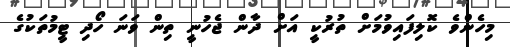
މިހެންވެ ކޮލިފައިވުމަށް ތުރުކީ އަށް ދާން ޖެހުނީ ތިން ވަނަ ހޯދި ޓީމުތަކުގެ